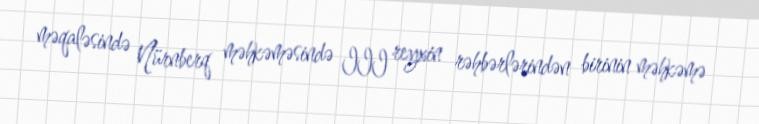
məqaləsində Nürnberq məhkəməsində III reyxin rəhbərlərindən birinin məhkəmə